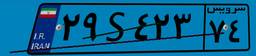
۲۹S۴۲۳۷۴